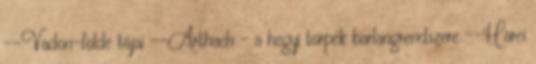
--Vadon-földe tájai --Arthach - a hegyi törpék barlangrendszere --Harci